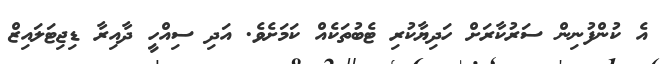
އެ ކުންފުނިން ސަރުކާރަށް ހަދިޔާކުރި ޓެބުތަކެއް ކަމަށެވެ. އަދި ސިއްހީ ދާއިރާ ޑިޖިޓަލައިޒް